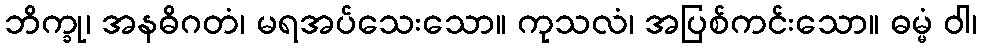
ဘိက္ခု၊ အနဓိဂတံ၊ မရအပ်သေးသော။ ကုသလံ၊ အပြစ်ကင်းသော။ ဓမ္မံ ဝါ၊